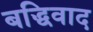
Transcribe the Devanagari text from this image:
बद्धिवाद